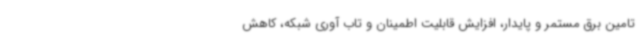
تامین برق مستمر و پایدار، افزایش قابلیت اطمینان و تاب آوری شبکه، کاهش